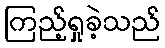
ကြည့်ရှုခဲ့သည်